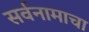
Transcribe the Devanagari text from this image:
सर्वनामाचा